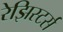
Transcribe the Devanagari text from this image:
रेझिस्टर्स